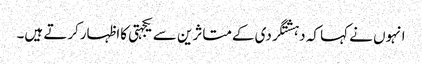
انہوں نے کہا کہ دہشتگردی کےمتاثرین سے یکجہتی کااظہارکرتے ہیں۔